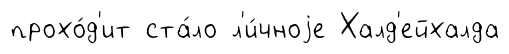
прохо́д'ит ста́ло л'и́чноjе Халд'ейхалда